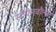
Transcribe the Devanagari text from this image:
स्टेपेनवौल्फ़